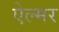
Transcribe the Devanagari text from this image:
ऐल्मर